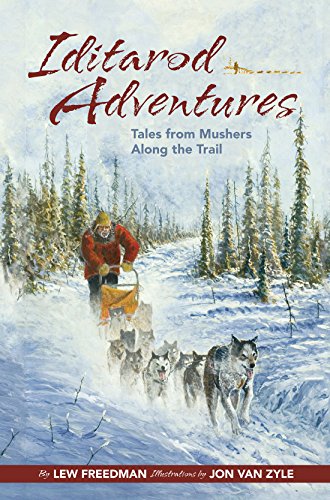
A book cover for Iditarod Adventures: Tales from Mushers Along the Trail; Lew Freedman; Sports & Outdoors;